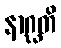
နာဂ္ဃတိ